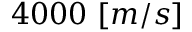
4 0 0 0 \ [ m / s ]